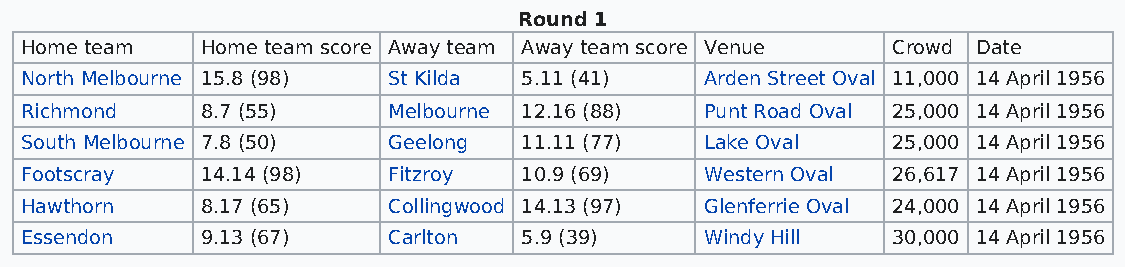
Round 1
 Home team   Home team score Away team Away team score Venue Crowd Date
 North Melbourne 15.8 (98) St Kilda 5.11 (41)  Arden Street Oval 11,000 14 April 1956
 Richmond    8.7 (55)     Melbourne 12.16 (88) Punt Road Oval 25,000 14 April 1956
 South Melbourne 7.8 (50) Geelong  11.11 (77)  Lake Oval   25,000 14 April 1956
 Footscray   14.14 (98)   Fitzroy  10.9 (69)   Western Oval 26,617 14 April 1956
 Hawthorn    8.17 (65)    Collingwood 14.13 (97) Glenferrie Oval 24,000 14 April 1956
 Essendon    9.13 (67)    Carlton  5.9 (39)    Windy Hill  30,000 14 April 1956